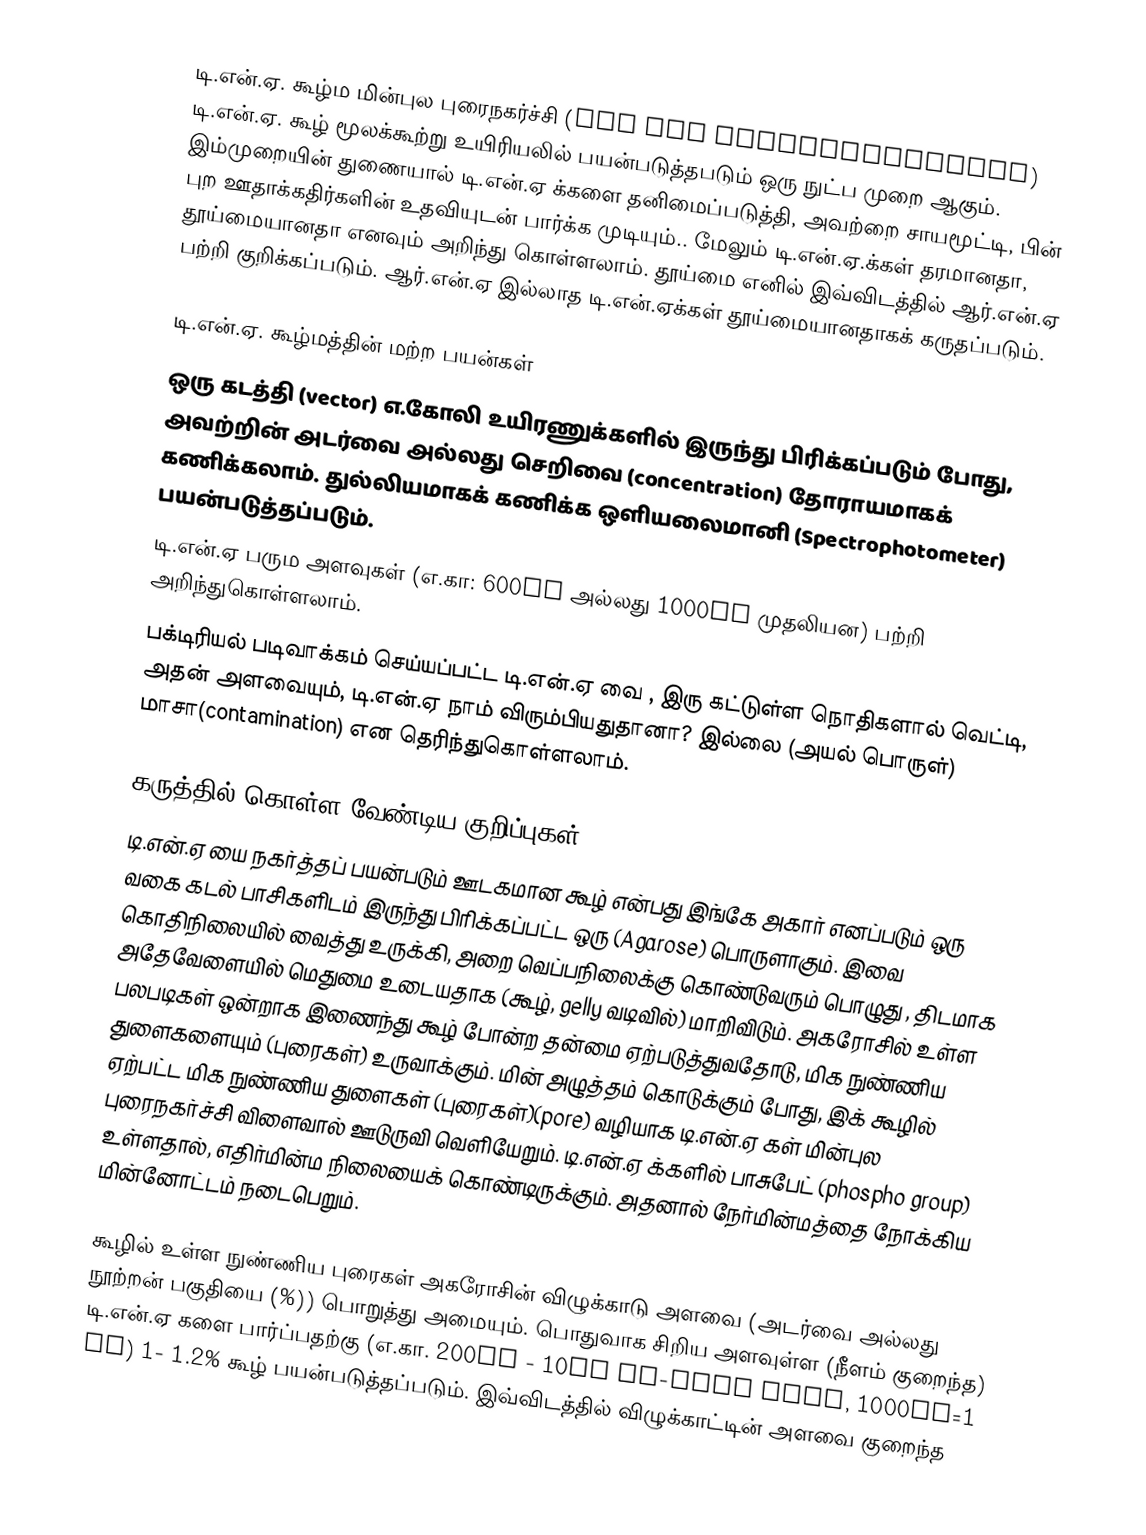
டி.என்.ஏ. கூழ்ம மின்புல புரைநகர்ச்சி (DNA gel electrophoresis) டி.என்.ஏ. கூழ் மூலக்கூற்று உயிரியலில் பயன்படுத்தபடும் ஒரு நுட்ப முறை ஆகும். இம்முறையின் துணையால் டி.என்.ஏ க்களை தனிமைப்படுத்தி, அவற்றை சாயமூட்டி, பின் புற ஊதாக்கதிர்களின் உதவியுடன் பார்க்க முடியும்.. மேலும் டி.என்.ஏ.க்கள் தரமானதா, தூய்மையானதா எனவும் அறிந்து கொள்ளலாம். தூய்மை எனில் இவ்விடத்தில் ஆர்.என்.ஏ பற்றி குறிக்கப்படும். ஆர்.என்.ஏ இல்லாத டி.என்.ஏக்கள் தூய்மையானதாகக் கருதப்படும்.

டி.என்.ஏ. கூழ்மத்தின் மற்ற பயன்கள்
 ஒரு கடத்தி (vector) எ.கோலி உயிரணுக்களில் இருந்து பிரிக்கப்படும் போது, அவற்றின் அடர்வை அல்லது செறிவை  (concentration) தோராயமாகக் கணிக்கலாம். துல்லியமாகக் கணிக்க ஒளியலைமானி (Spectrophotometer) பயன்படுத்தப்படும்.
 டி.என்.ஏ பரும அளவுகள் (எ.கா: 600bp அல்லது 1000bp முதலியன) பற்றி அறிந்துகொள்ளலாம்.
 பக்டிரியல் படிவாக்கம் செய்யப்பட்ட டி.என்.ஏ வை , இரு கட்டுள்ள நொதிகளால் வெட்டி, அதன் அளவையும், டி.என்.ஏ நாம் விரும்பியதுதானா? இல்லை (அயல் பொருள்) மாசா(contamination) என தெரிந்துகொள்ளலாம்.

கருத்தில் கொள்ள வேண்டிய குறிப்புகள்
டி.என்.ஏ யை நகர்த்தப் பயன்படும் ஊடகமான கூழ் என்பது இங்கே அகார் எனப்படும் ஒரு வகை கடல் பாசிகளிடம் இருந்து பிரிக்கப்பட்ட ஒரு (Agarose) பொருளாகும். இவை கொதிநிலையில் வைத்து உருக்கி, அறை வெப்பநிலைக்கு கொண்டுவரும் பொழுது , திடமாக அதேவேளையில் மெதுமை உடையதாக (கூழ், gelly வடிவில்)  மாறிவிடும். அகரோசில் உள்ள பலபடிகள் ஒன்றாக இணைந்து கூழ் போன்ற தன்மை ஏற்படுத்துவதோடு, மிக நுண்ணிய துளைகளையும் (புரைகள்) உருவாக்கும். மின் அழுத்தம் கொடுக்கும் போது, இக் கூழில் ஏற்பட்ட மிக நுண்ணிய துளைகள் (புரைகள்)(pore) வழியாக டி.என்.ஏ கள் மின்புல புரைநகர்ச்சி விளைவால் ஊடுருவி வெளியேறும். டி.என்.ஏ க்களில் பாசுபேட் (phospho group) உள்ளதால், எதிர்மின்ம நிலையைக் கொண்டிருக்கும். அதனால் நேர்மின்மத்தை நோக்கிய மின்னோட்டம் நடைபெறும்.

கூழில் உள்ள நுண்ணிய புரைகள்  அகரோசின் விழுக்காடு  அளவை (அடர்வை அல்லது நூற்றன் பகுதியை (%)) பொறுத்து அமையும். பொதுவாக சிறிய அளவுள்ள (நீளம் குறைந்த) டி.என்.ஏ களை பார்ப்பதற்கு (எ.கா. 200bp - 10kb kb-kilo base, 1000bp=1 kb) 1- 1.2% கூழ் பயன்படுத்தப்படும். இவ்விடத்தில் விழுக்காட்டின் அளவை குறைந்த